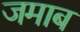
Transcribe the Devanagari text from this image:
जमाब